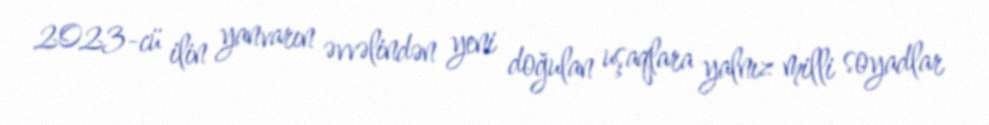
2023-cü ilin yanvarın əvvəlindən yeni doğulan uşaqlara yalnız milli soyadlar